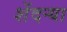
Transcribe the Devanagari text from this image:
शेंदर्‍या